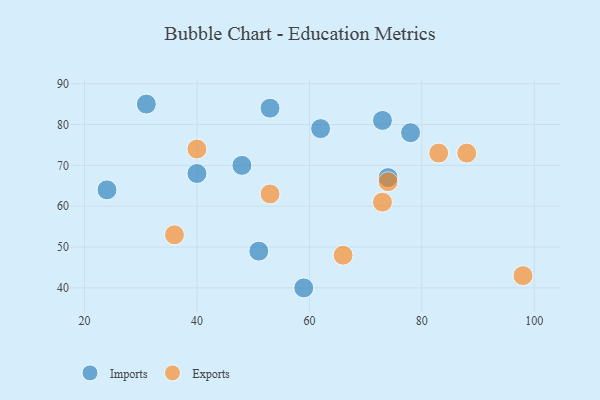
{"axis": {"x": "GDP", "y": "Life Expectancy"}, "legend": ["Exports", "Imports"], "data": [{"x": "78", "y": 78, "type": "Imports"}, {"x": "73", "y": 81, "type": "Imports"}, {"x": "62", "y": 79, "type": "Imports"}, {"x": "53", "y": 84, "type": "Imports"}, {"x": "51", "y": 49, "type": "Imports"}, {"x": "74", "y": 67, "type": "Imports"}, {"x": "31", "y": 85, "type": "Imports"}, {"x": "40", "y": 68, "type": "Imports"}, {"x": "24", "y": 64, "type": "Imports"}, {"x": "48", "y": 70, "type": "Imports"}, {"x": "59", "y": 40, "type": "Imports"}, {"x": "53", "y": 63, "type": "Exports"}, {"x": "88", "y": 73, "type": "Exports"}, {"x": "74", "y": 66, "type": "Exports"}, {"x": "83", "y": 73, "type": "Exports"}, {"x": "98", "y": 43, "type": "Exports"}, {"x": "36", "y": 53, "type": "Exports"}, {"x": "40", "y": 74, "type": "Exports"}, {"x": "66", "y": 48, "type": "Exports"}, {"x": "73", "y": 61, "type": "Exports"}]}